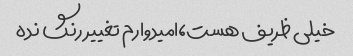
خیلی ظریف هست،امیدوارم تغییر رنگ نده